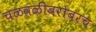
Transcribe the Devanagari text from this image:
चळवळीबरोबरच